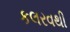
કલરવથી